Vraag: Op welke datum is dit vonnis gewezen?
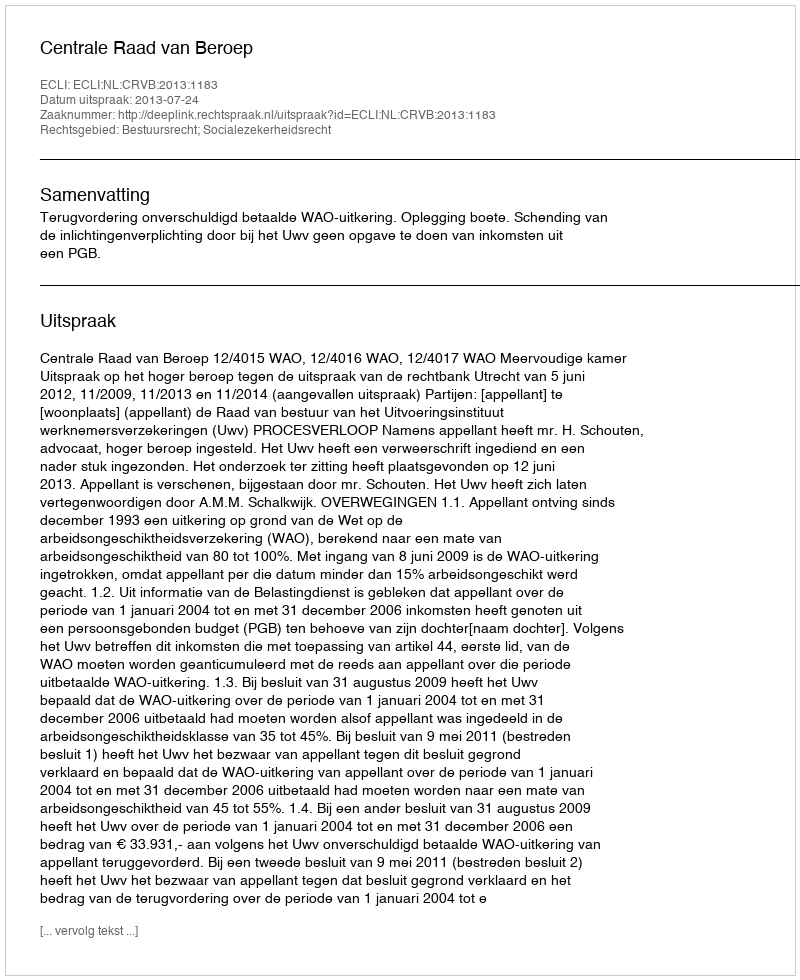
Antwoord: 2013-07-24